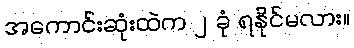
အကောင်းဆုံးထဲက ၂ ခုံ ရနိုင်မလား။